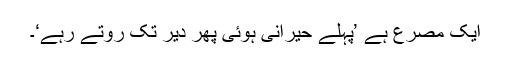
ایک مصرع ہے ’پہلے حیرانی ہوئی پھر دیر تک روتے رہے‘۔